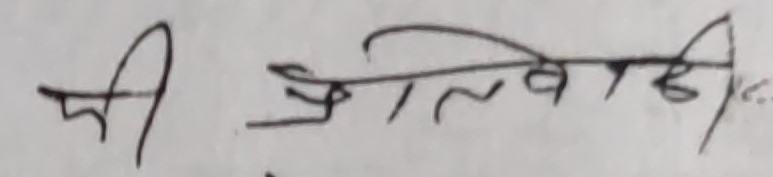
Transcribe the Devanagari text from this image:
श्री त्रिवेदी